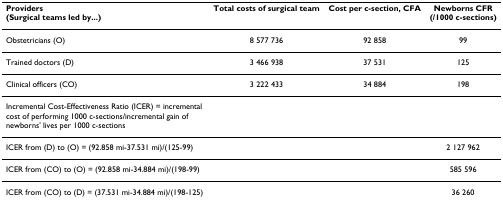
| Providers(Surgical teams led by...) | Total costs of surgical team | Cost per c-section, CFA | Newborns CFR(/1000 c-sections) |
 | --- | --- | --- | --- |
 | Obstetricians (O) | 8 577 736 | 92 858 | 99 |
 | Trained doctors (D) | 3 466 938 | 37 531 | 125 |
 | Clinical officers (CO) | 3 222 433 | 34 884 | 198 |
 | Incremental Cost-Effectiveness Ratio (ICER) = incremental cost of performing 1000 c-sections/incremental gain of newborns' lives per 1000 c-sections |  |  |  |
 | ICER from (D) to (O) = (92.858 mi-37.531 mi)/(125-99) |  |  | 2 127 962 |
 | ICER from (CO) to (O) = (92.858 mi-34.884 mi)/(198-99) |  |  | 585 596 |
 | ICER from (CO) to (D) = (37.531 mi-34.884 mi)/(198-125) |  |  | 36 260 |